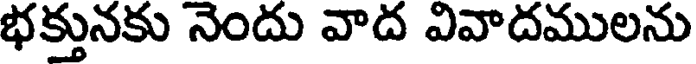
భక్తునకు నెందు వాద వివాదములను